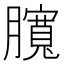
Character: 臗